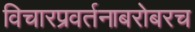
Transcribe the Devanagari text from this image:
विचारप्रवर्तनाबरोबरच